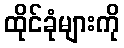
ထိုင်ခုံများကို